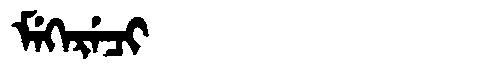
Manchu: ᠮᡝᡴᡝᡵᡝᠴᡳ
Romanization: MEKERECI